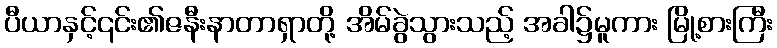
ပီယာနှင့်၎င်း၏ဇနီးနာတာရှာတို့ အိမ်ခွဲသွားသည့် အခါ၌မူကား မြို့စားကြီး